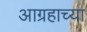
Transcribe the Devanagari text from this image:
आग्रहाच्या